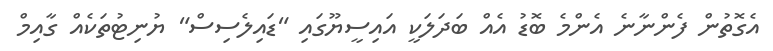
އެގޮތުން ފެންނާނެ އެންމެ ބޮޑު އެއް ބަދަލަކީ އައިސީޔޫގައި "ޑައިލެސިސް" ޔުނިޓުތަކެއް ގާއިމް